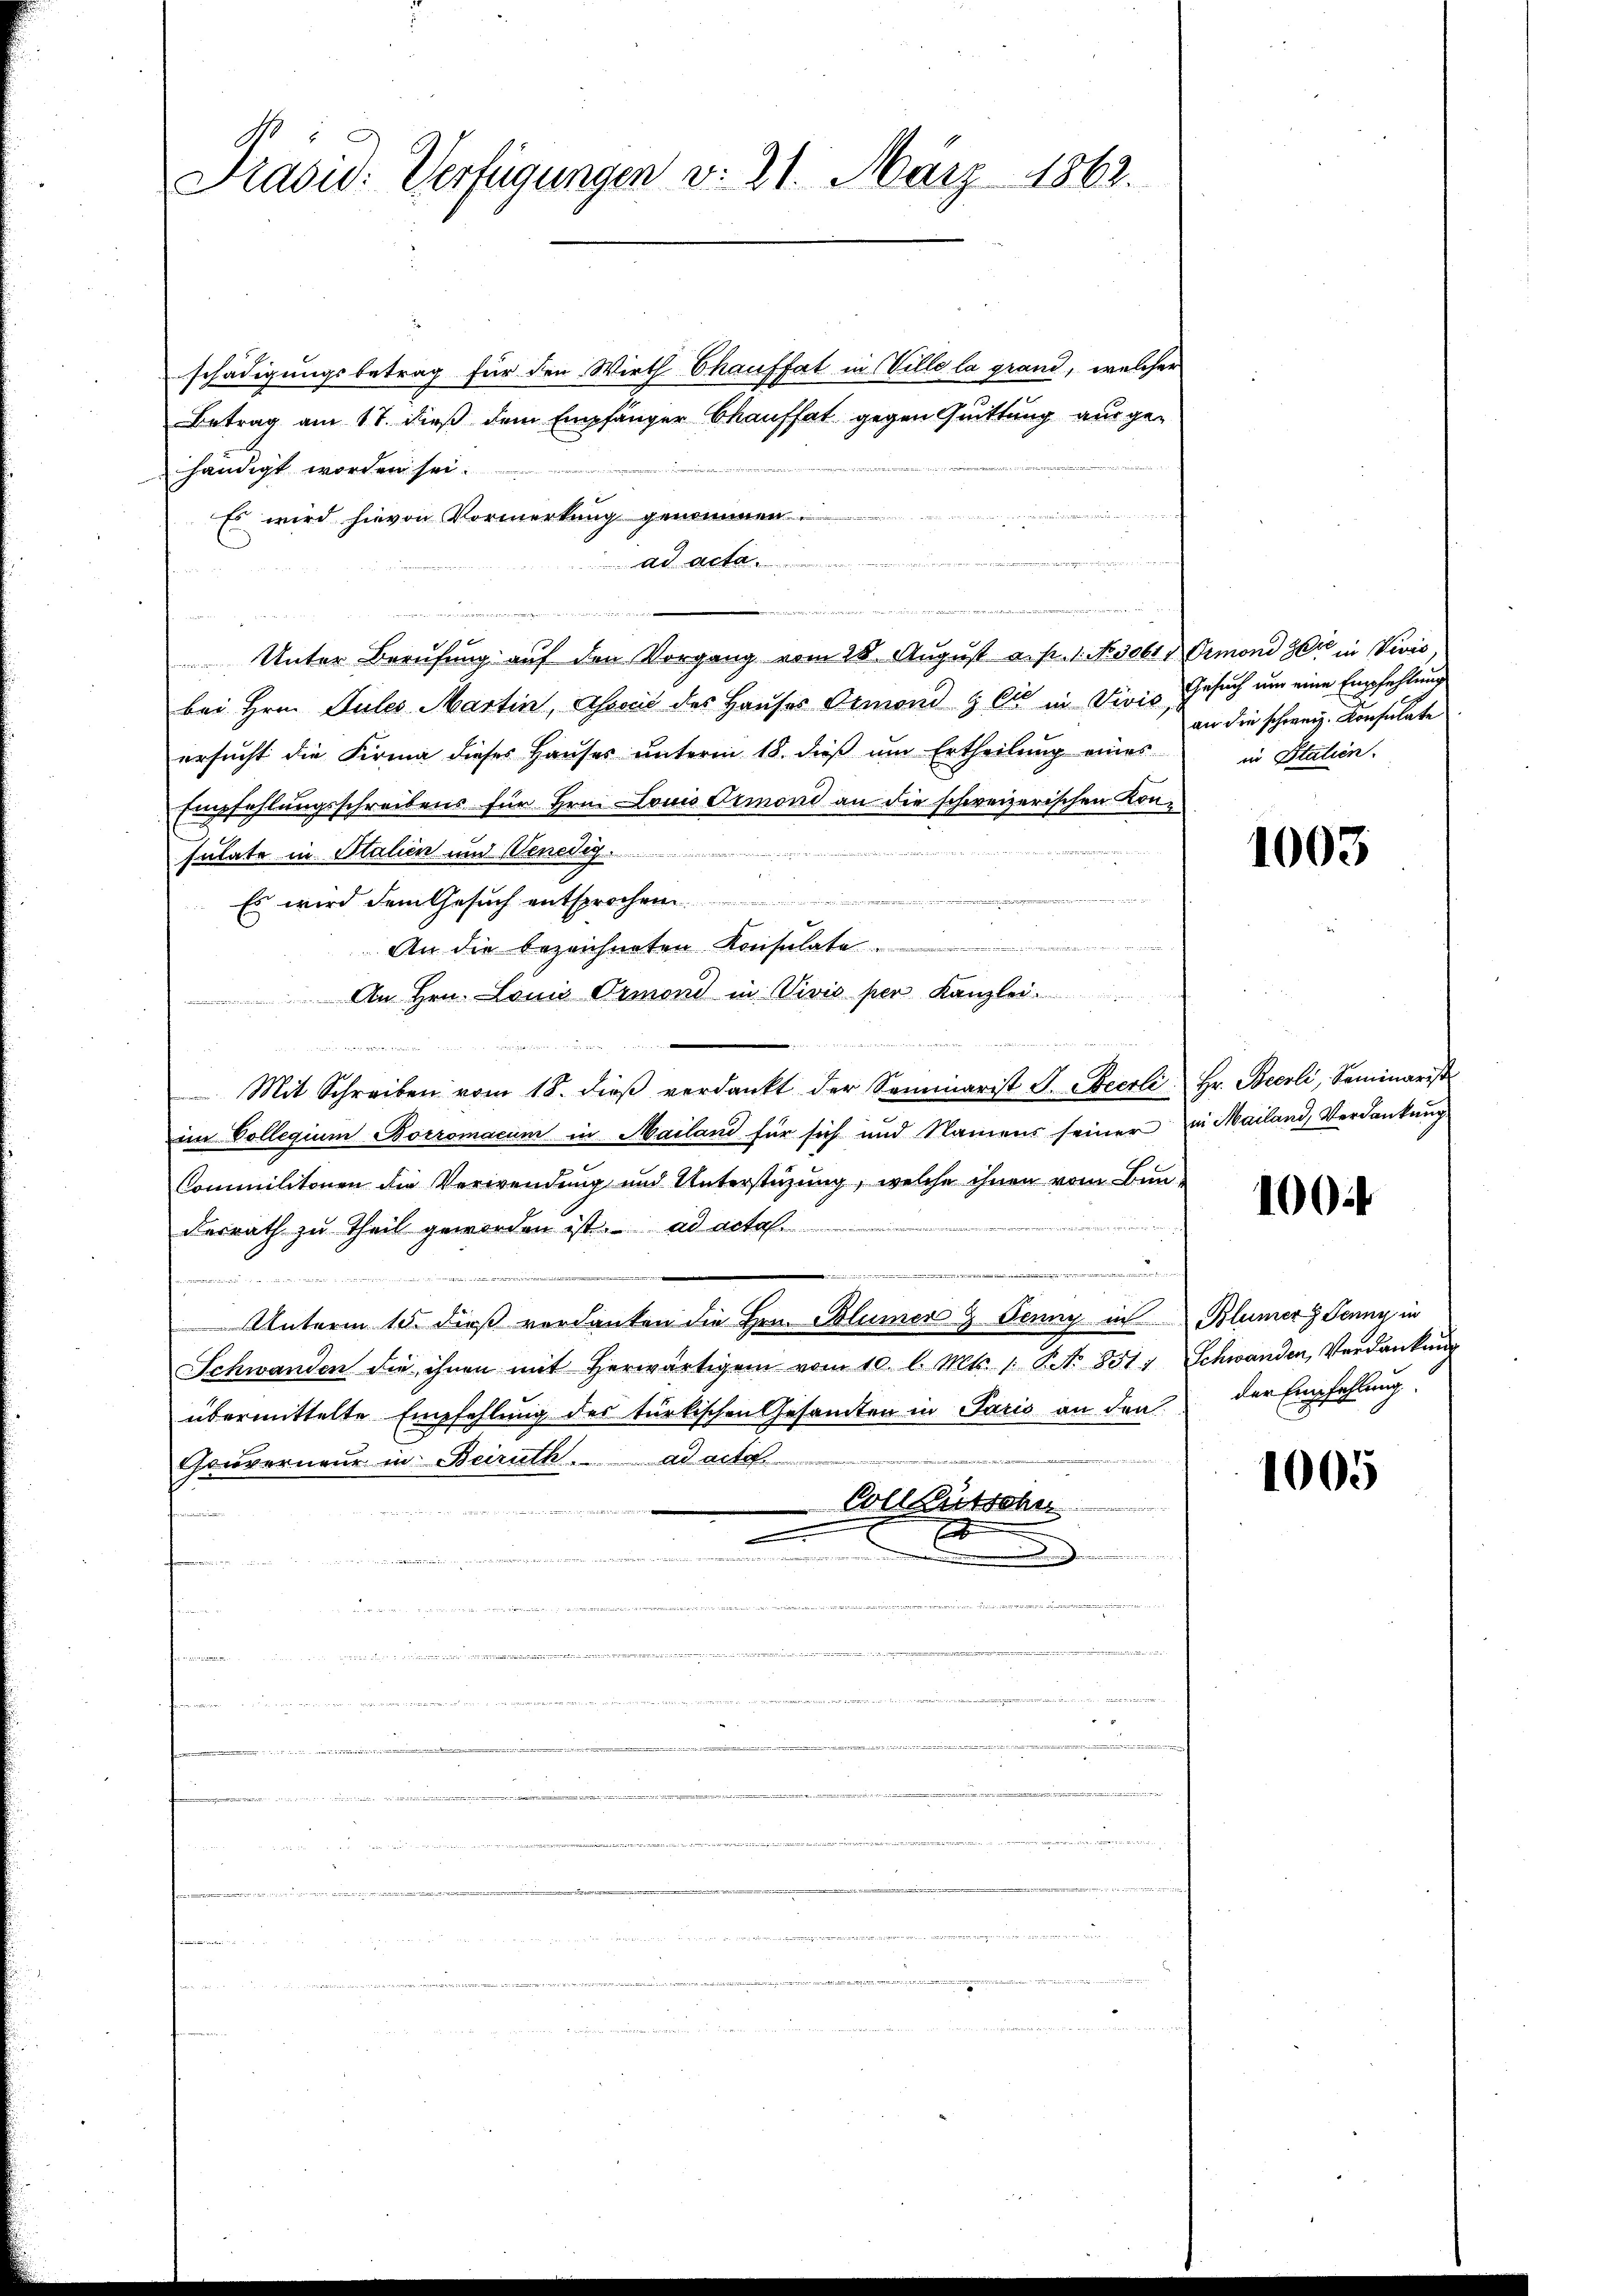
Prasid: Verfügungen v. 21. März 1862.

schädigungsbetrag für den Wirth Chauffat in Ville la grand, welcher
Betrag am 17. dieß dem Empfänger bkauffat gegen Quittung ausge-
händigt worden sei.
Es wird hievon Vormerkung genommen.
ad acta

 Unter Berufung auf den Vorgang vom 28. August a. p. 1. Novobt, Ormond die in Vivis
bei Hrn. Sules Martin, Assous des Hauses Ormond & Cie in Divis
ersucht die Firma dieses Haŭses ŭnterm 18. dieβ ŭm Ertheilŭng eines in Stalien.
Empfehlungsschreibens für Hrn. Louis demoni an die schweizerischen Konsutate in Stalien und Venedig
Es wird dem Gesuch entsprechen
An die bezeichneten Konsulate.
An Hrn. Louis Ormond in Vivis per Kanzlei

n der ei
Mit Schreiben vom 18. dieβ verdankt der Seminarist S. Beerli
im Collegium Borromacum in Mailand für sich und Namens seiner
Commilitonen die Verwendung und Unterstüzung, welche ihnen vom Bundesrath zu theil geworden ist. ad acta
t
edenen
Unterm 15. dieß verdanken die Hrn. Blümer & Jenny in
Schwanden die ihnen mit herwärtigem vom 10. l. Mts. 1. No 851:
übermittelte Empfehlung des türkischen Gesamten in Paris an den
Gouverneur in Beiruth. ad acte.
Collgütscher
A
.

n

r

Gesuch um eine Empfehlung
an die schweiz. Konsulate

1003

Hr. Becrli, Seminarist
in Mailand, Verdankung

100 f

Blümer Jenny in
Schwanden, Verdankung
der Empfehlung.

1005